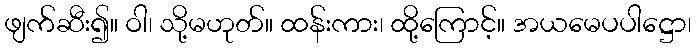
ဖျက်ဆီး၍။ ဝါ၊ သို့မဟုတ်။ ထန်းကား၊ ထို့ကြောင့်။ အယမေပပါဋ္ဌော၊